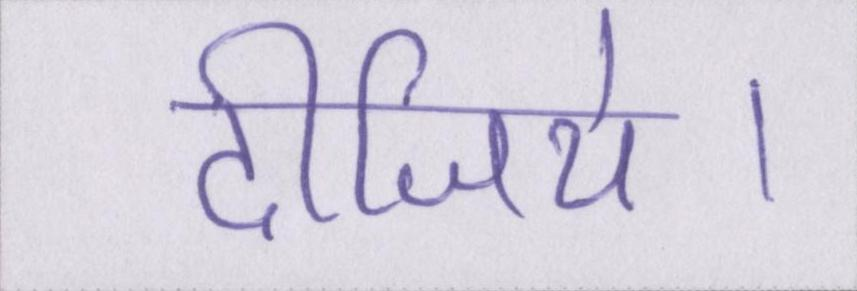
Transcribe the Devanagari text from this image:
दीजिये।